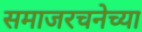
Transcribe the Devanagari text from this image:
समाजरचनेच्या